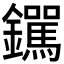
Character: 𫓟